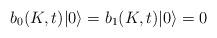
LaTeX: \begin{align*}b_{0}(K,t)|0\rangle =b_{1}(K,t)|0\rangle =0 \end{align*}